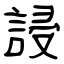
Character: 誛